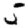
Digit: 5